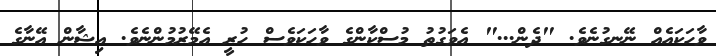
ވާހަކައެއް ނޭނގުނެވެ. "ދެން..." އެވަގުތު މުސްކާންގެ ވާހަކަވެސް ހުރީ އެމޭރުމުންނެވެ. އިޝާން އޭނާގެ